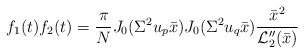
\begin{align*} f_1(t)f_2(t)=\frac{\pi}{N} J_0(\Sigma^2u_p\bar x) J_0(\Sigma^2u_q\bar x)\frac{\bar x^2}{{\cal L}_2''(\bar x)}\end{align*}